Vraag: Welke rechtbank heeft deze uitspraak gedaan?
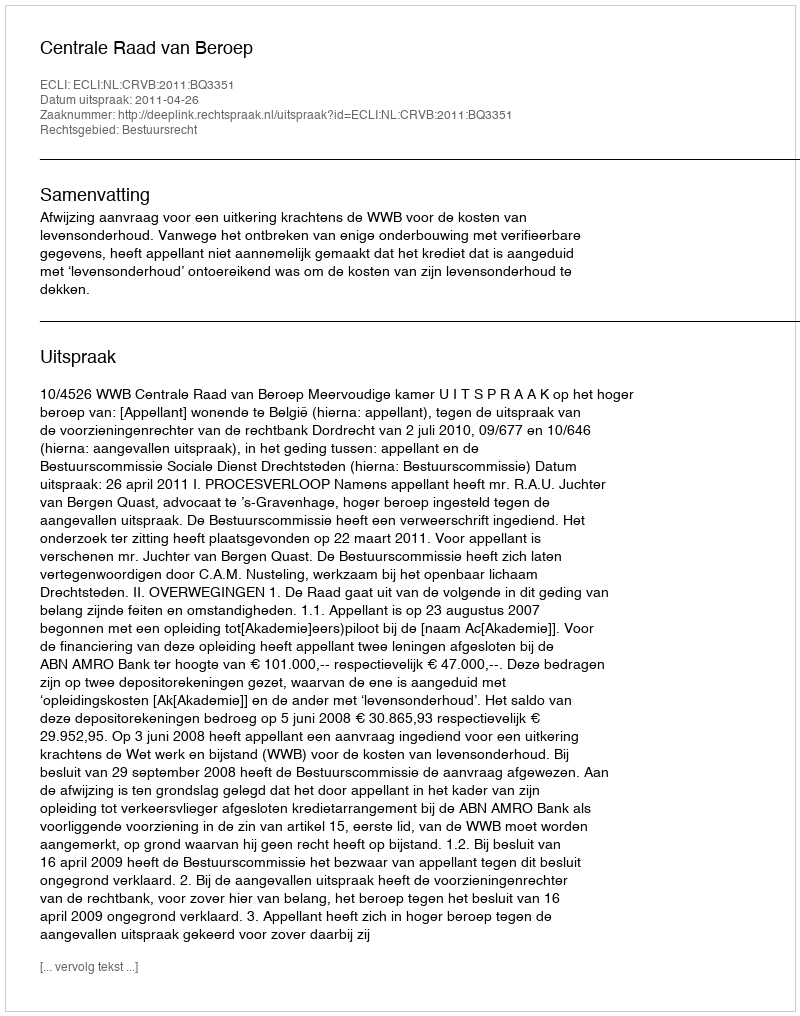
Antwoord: Centrale Raad van Beroep